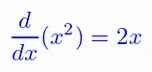
\frac{d}{dx}(x^2)=2x